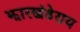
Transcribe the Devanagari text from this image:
झारखंडेराय